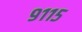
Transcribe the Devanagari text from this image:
९११५